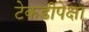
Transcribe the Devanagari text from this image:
टेकडीपेक्षा